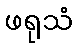
ဖရုသံ